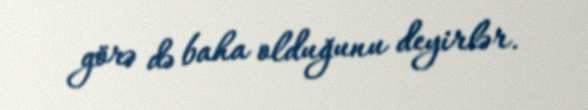
görə də baha olduğunu deyirlər.